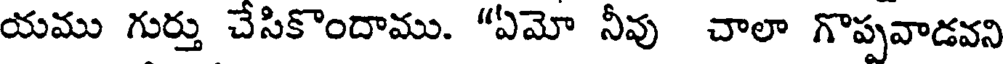
యము గుర్తు చేసికొందాము. "ఏమో నీవు చాలా గొప్పవాడవని